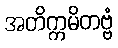
အတိက္ကမိတဗ္ဗံ